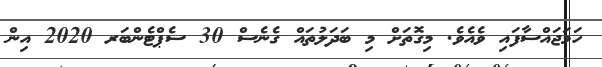
ހަމަޖައްސާފައި ވެއެވެ. މިގޮތަށް މި ބަދަލުތައް ގެނެސް 30 ސެޕްޓެންބަރ 2020 އިން